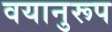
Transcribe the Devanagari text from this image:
वयानुरूप